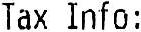
TAX INFO :